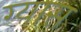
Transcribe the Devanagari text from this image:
ग्यास